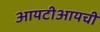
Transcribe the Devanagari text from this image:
आयटीआयची